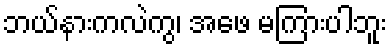
ဘယ်နားကလဲကွ၊ အဖေ မကြားပါဘူး